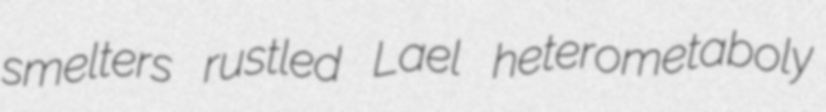
smelters rustled Lael heterometaboly